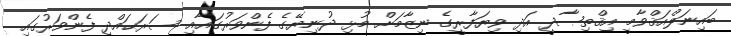
ބައިނަލްއަޤްވާމީ އިޤްތިޞާދީ އަދި ވިޔަފާރީގެ ނިޒާމަށް މުޅި ދުނިޔޭގެ ފެންވަރުގައާއި ސަރަޙައްދީ ފެންވަރުގައި